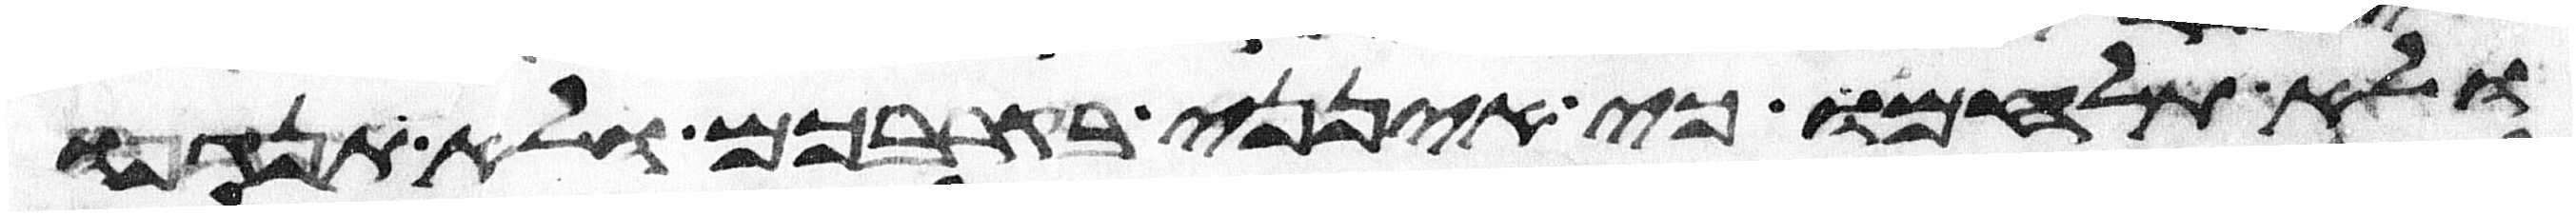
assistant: ולא תלחמו כי אינני בקרבכם ולא תנגפו